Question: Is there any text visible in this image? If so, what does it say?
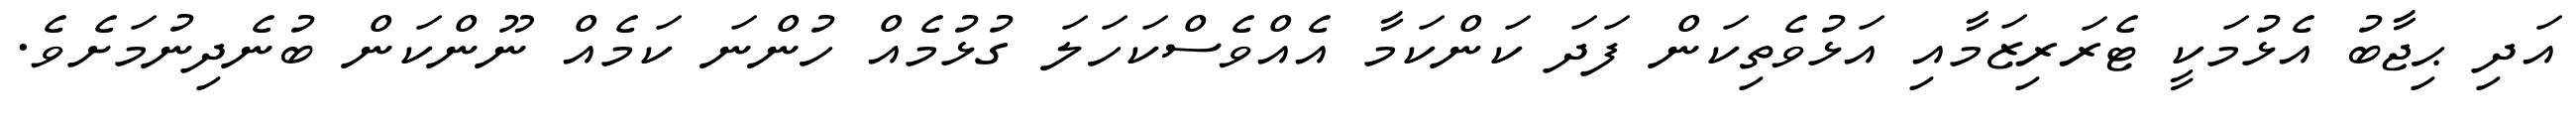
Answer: އަދި ޙިޖާބު އެޅުމަކީ ޓެރަރިޒަމާއި އަޅުވެތިކަން ފަދަ ކަންކަމާ އެއްވެސްކަހަލަ ގުޅުމެއް ހުންނަ ކަމެއް ނޫންކަން ބުނެދިނުމަށެވެ.